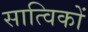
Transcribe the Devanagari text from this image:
सात्विकों